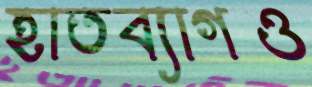
হাতব্যাগও